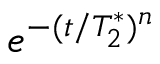
e ^ { - ( t / T _ { 2 } ^ { * } ) ^ { n } }